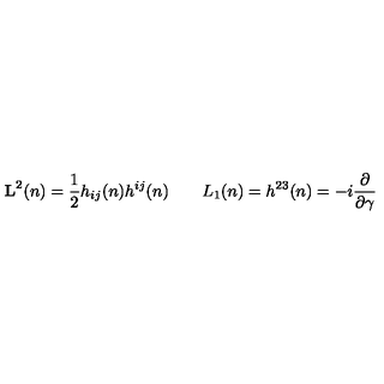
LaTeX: { \bf L } ^ { 2 } ( n ) = { \frac { 1 } { 2 } } h _ { i j } ( n ) h ^ { i j } ( n ) \qquad L _ { 1 } ( n ) = h ^ { 2 3 } ( n ) = - i { \frac { \partial } { \partial \gamma } }